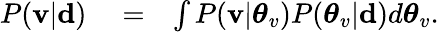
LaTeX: \begin{array}{rlr}{P({\mathbf v}|\mathbf{d})}&{{}=}&{\int P({\mathbf v}|\boldsymbol{\theta}_{v})P(\boldsymbol{\theta}_{v}|\mathbf{d})d\boldsymbol{\theta}_{v}.}\end{array}